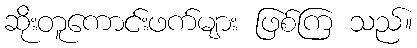
ဆိုးတူကောင်းဖက်များ ဖြစ်ကြ သည်။